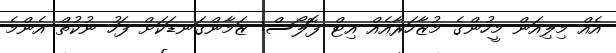
އެއް މިލިއަން މީހުންގެ މުޒާހަރާއެއް އިޓް ފޮލޯސް: ޒަމާންގަނޑަކަށް ފަހު ނުކުތް އެންމެ